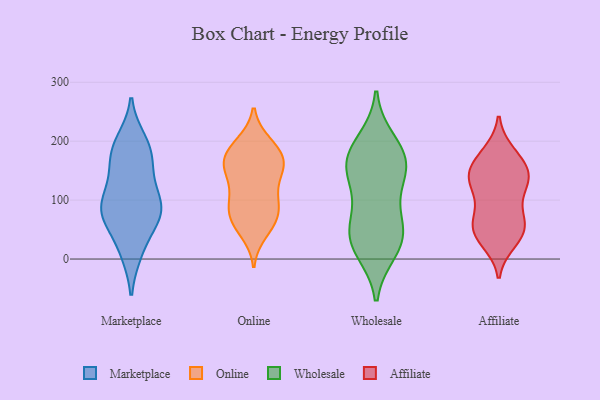
{"axis": {"x": "Budget (USD K)", "y": "Value"}, "legend": ["Affiliate", "Marketplace", "Online", "Wholesale"], "data": [{"x": "", "y": 64, "type": "Marketplace"}, {"x": "", "y": 73, "type": "Marketplace"}, {"x": "", "y": 12, "type": "Marketplace"}, {"x": "", "y": 157, "type": "Marketplace"}, {"x": "", "y": 107, "type": "Marketplace"}, {"x": "", "y": 140, "type": "Marketplace"}, {"x": "", "y": 85, "type": "Marketplace"}, {"x": "", "y": 79, "type": "Marketplace"}, {"x": "", "y": 184, "type": "Marketplace"}, {"x": "", "y": 84, "type": "Marketplace"}, {"x": "", "y": 13, "type": "Marketplace"}, {"x": "", "y": 174, "type": "Marketplace"}, {"x": "", "y": 193, "type": "Marketplace"}, {"x": "", "y": 106, "type": "Marketplace"}, {"x": "", "y": 75, "type": "Marketplace"}, {"x": "", "y": 200, "type": "Marketplace"}, {"x": "", "y": 148, "type": "Online"}, {"x": "", "y": 61, "type": "Online"}, {"x": "", "y": 159, "type": "Online"}, {"x": "", "y": 92, "type": "Online"}, {"x": "", "y": 45, "type": "Online"}, {"x": "", "y": 185, "type": "Online"}, {"x": "", "y": 71, "type": "Online"}, {"x": "", "y": 146, "type": "Online"}, {"x": "", "y": 167, "type": "Online"}, {"x": "", "y": 197, "type": "Online"}, {"x": "", "y": 116, "type": "Online"}, {"x": "", "y": 97, "type": "Online"}, {"x": "", "y": 166, "type": "Online"}, {"x": "", "y": 176, "type": "Online"}, {"x": "", "y": 150, "type": "Online"}, {"x": "", "y": 195, "type": "Online"}, {"x": "", "y": 60, "type": "Online"}, {"x": "", "y": 78, "type": "Online"}, {"x": "", "y": 101, "type": "Online"}, {"x": "", "y": 140, "type": "Wholesale"}, {"x": "", "y": 27, "type": "Wholesale"}, {"x": "", "y": 49, "type": "Wholesale"}, {"x": "", "y": 51, "type": "Wholesale"}, {"x": "", "y": 173, "type": "Wholesale"}, {"x": "", "y": 16, "type": "Wholesale"}, {"x": "", "y": 161, "type": "Wholesale"}, {"x": "", "y": 198, "type": "Wholesale"}, {"x": "", "y": 98, "type": "Wholesale"}, {"x": "", "y": 172, "type": "Wholesale"}, {"x": "", "y": 154, "type": "Wholesale"}, {"x": "", "y": 37, "type": "Wholesale"}, {"x": "", "y": 66, "type": "Affiliate"}, {"x": "", "y": 135, "type": "Affiliate"}, {"x": "", "y": 63, "type": "Affiliate"}, {"x": "", "y": 67, "type": "Affiliate"}, {"x": "", "y": 30, "type": "Affiliate"}, {"x": "", "y": 171, "type": "Affiliate"}, {"x": "", "y": 130, "type": "Affiliate"}, {"x": "", "y": 180, "type": "Affiliate"}, {"x": "", "y": 44, "type": "Affiliate"}, {"x": "", "y": 41, "type": "Affiliate"}, {"x": "", "y": 130, "type": "Affiliate"}, {"x": "", "y": 144, "type": "Affiliate"}, {"x": "", "y": 169, "type": "Affiliate"}, {"x": "", "y": 131, "type": "Affiliate"}, {"x": "", "y": 144, "type": "Affiliate"}, {"x": "", "y": 43, "type": "Affiliate"}, {"x": "", "y": 95, "type": "Affiliate"}]}